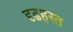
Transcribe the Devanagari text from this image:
दृढहस्त